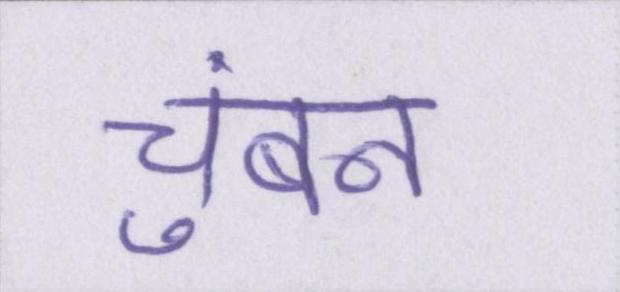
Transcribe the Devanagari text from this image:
चुंबन